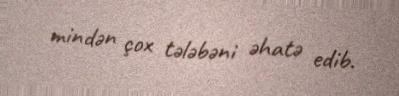
mindən çox tələbəni əhatə edib.